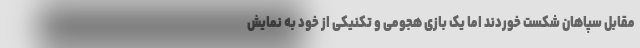
مقابل سپاهان شکست خوردند اما یک بازی هجومی و تکنیکی از خود به نمایش